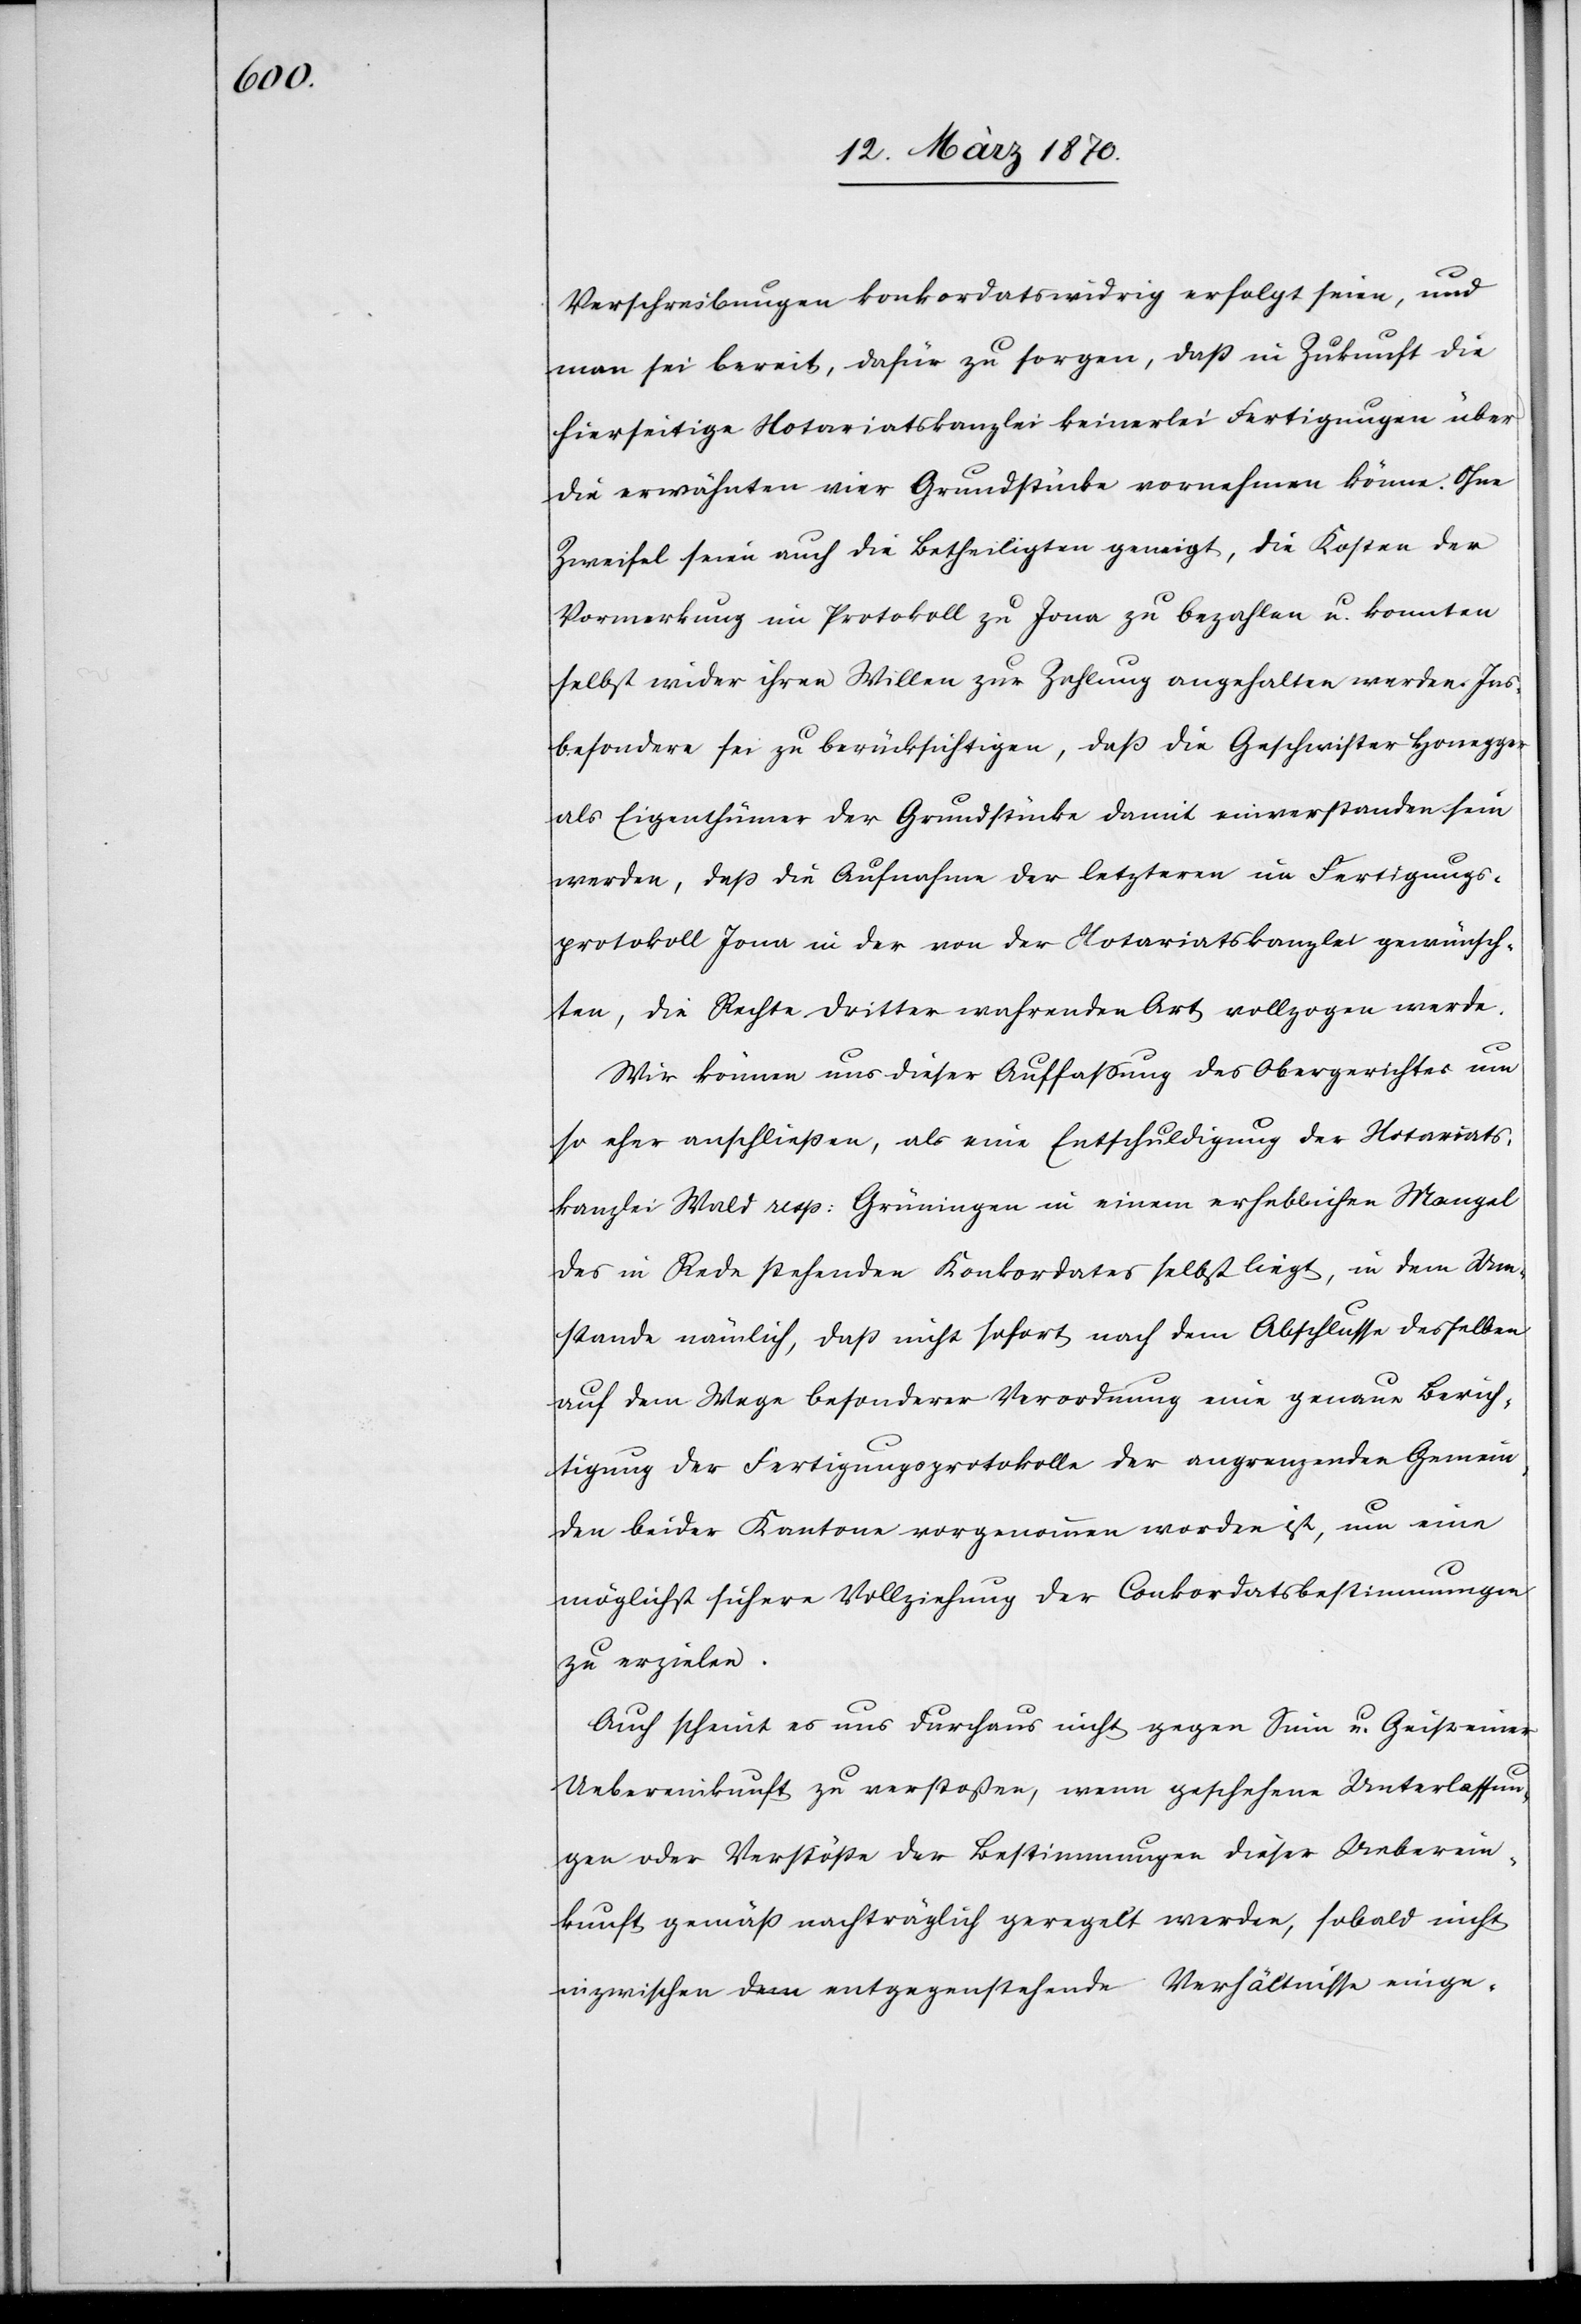
Verschreibungen konkordatswidrig erfolgt seien, und
man sei bereit, dafür zu sorgen, daß in Zukunft die
hierseitige Notariatskanzlei keinerlei Fertigungen über
die erwähnten vier Grundstücke vornehmen könne. Ohne
Zweifel seien auch die Betheiligten geneigt, die Kosten der
Vormerkung im Protokoll zu Jona zu bezahlen u. konnten
selbst wider ihren Willen zur Zahlung angehalten werden. Ins¬
besondere sei zu berücksichtigen, daß die Geschwister Honegger
als Eigenthümer der Grundstücke damit einverstanden sein
werden, daß die Aufnahme der letzteren im Fertigungs¬
protokoll Jona in der von der Notariatskanzlei gewünsch¬
ten, die Rechte Dritter wahrenden Art vollzogen werde.
Wir können uns dieser Auffassung des Obergerichtes um
so eher anschließen, als eine Entschuldigung der Notariats¬
kanzlei Wald resp: Grüningen in einem erheblichen Mangel
des in Rede stehenden Konkordates selbst liegt, in dem Um¬
stande nämlich, daß nicht sofort nach dem Abschlusse desselben
auf dem Wege besonderer Verordnung eine genaue Berich¬
tigung der Fertigungsprotokolle der angrenzenden Gemein¬
den beider Kantone vorgenommen worden ist, um eine
möglichst sichere Vollziehung der Conkordatsbestimmungen
zu erzielen.
Auch scheint es uns durchaus nicht gegen den Sinn u. Geist einer
Uebereinkunft zu verstoßen, wenn geschehene Unterlassun¬
gen oder Verstöße der Bestimmungen dieser Ueberein¬
kunft gemäß nachträglich geregelt werden, sobald nicht
inzwischen entgegenstehende Verhältnisse einge-